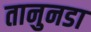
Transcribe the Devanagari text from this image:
तानुनडा